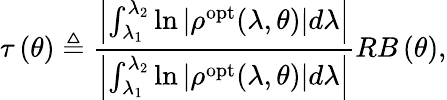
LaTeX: \tau\left(\theta\right)\triangleq\frac{\left|\int_{\lambda_{1}}^{\lambda_{2}}\ln\left|\rho^{\mathrm{{opt}}}(\lambda,\theta)\right|\! \, d\lambda\right|}{\left|\int_{\lambda_{1}}^{\lambda_{2}}\ln\left|\rho^{\mathrm{{opt}}}(\lambda,\theta)\right|\! \, d\lambda\right|}{{RB}\left(\theta\right)},